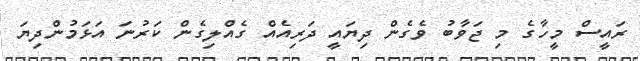
ރައީސް މީހާގެ މި ޖަވާބު ވެގެން ދިޔައީ ދަރިއެއް ގެއްލިގެން ކަރުނަ އަޅަމުންދިޔަ